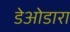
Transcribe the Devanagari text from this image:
डेओडारा